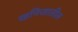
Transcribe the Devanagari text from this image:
खनिजातील